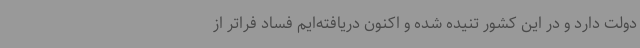
دولت دارد و در این کشور تنیده شده و اکنون دریافته‌ایم فساد فراتر از